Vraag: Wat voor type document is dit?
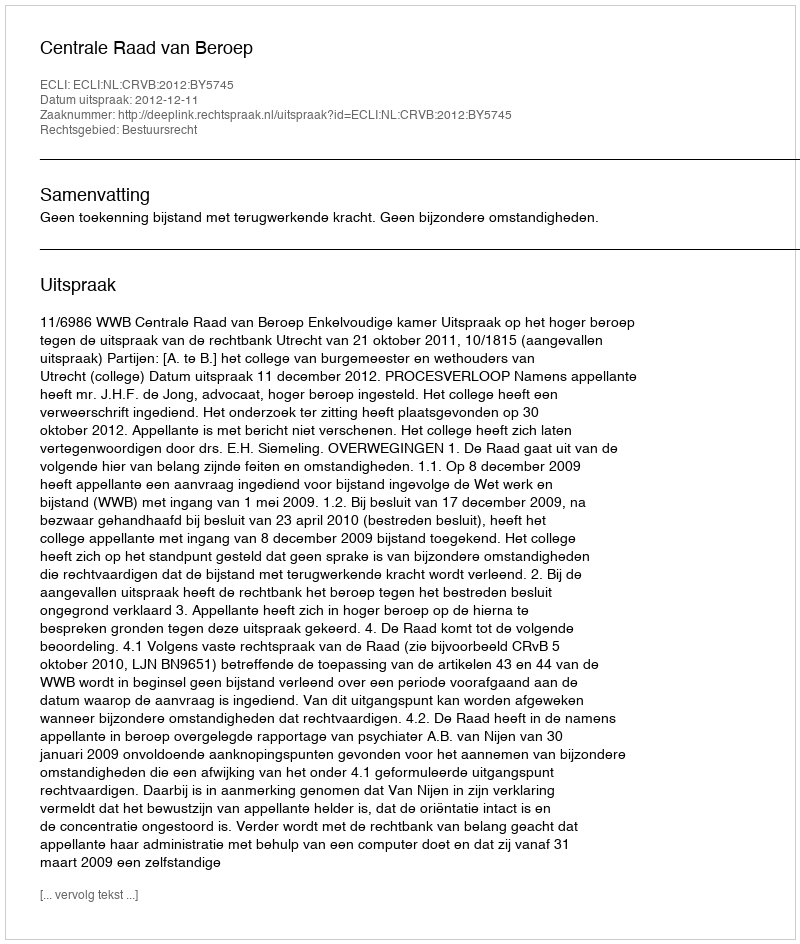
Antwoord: Uitspraak